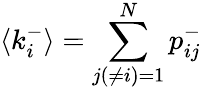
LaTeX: \langle k_{i}^{-}\rangle=\sum_{j(\neq i)=1}^{N}p_{ij}^{-}